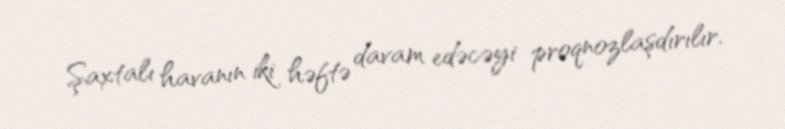
Şaxtalı havanın iki həftə davam edəcəyi proqnozlaşdırılır.